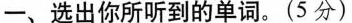
一、选出你所听到的单词.(5 分)